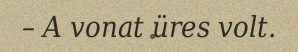
– A vonat üres volt.